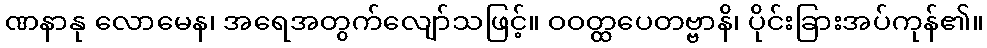
ဏနာနု လောမေန၊ အရေအတွက်လျော်သဖြင့်။ ဝဝတ္ထပေတဗ္ဗာနိ၊ ပိုင်းခြားအပ်ကုန်၏။